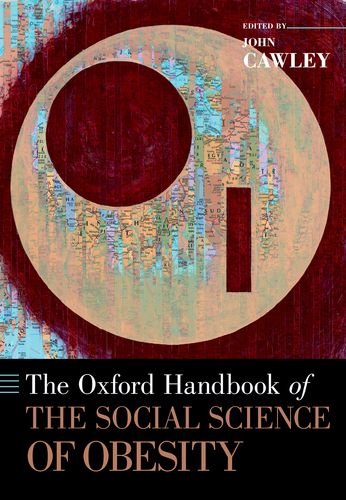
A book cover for The Oxford Handbook of the Social Science of Obesity (Oxford Handbooks); Business & Money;